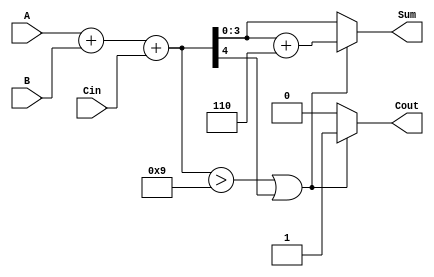
module BCD_Adder (
    input  [3:0] A,     // First BCD digit
    input  [3:0] B,     // Second BCD digit
    input        Cin,    // Carry input
    output reg [3:0] Sum, // BCD result
    output reg Cout      // Carry output
);

    wire [4:0] binary_sum;  // 5-bit wire to hold the binary sum
    wire need_correction;     // Flag to indicate if correction is needed

    // Step 1: Compute the binary sum of A, B, and Cin
    assign binary_sum = A + B + Cin;

    // Step 2: Determine if correction is needed
    assign need_correction = (binary_sum > 5'b01001) || (binary_sum[4]);

    // Step 3: Compute the BCD result
    always @(*) begin
        if (need_correction) begin
            // Perform BCD correction by adding 6 (0110)
            Sum = binary_sum[3:0] + 4'b0110; // Take lower 4 bits and add 6
            Cout = 1; // Set carry out since we exceeded BCD limit
        end else begin
            Sum = binary_sum[3:0]; // No correction needed
            Cout = 0; // No carry out
        end
    end

endmodule